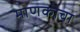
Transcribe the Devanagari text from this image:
माणकाचा